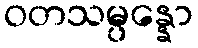
ဝတသမ္ပန္နော